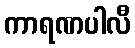
ကာရဏပါလီ